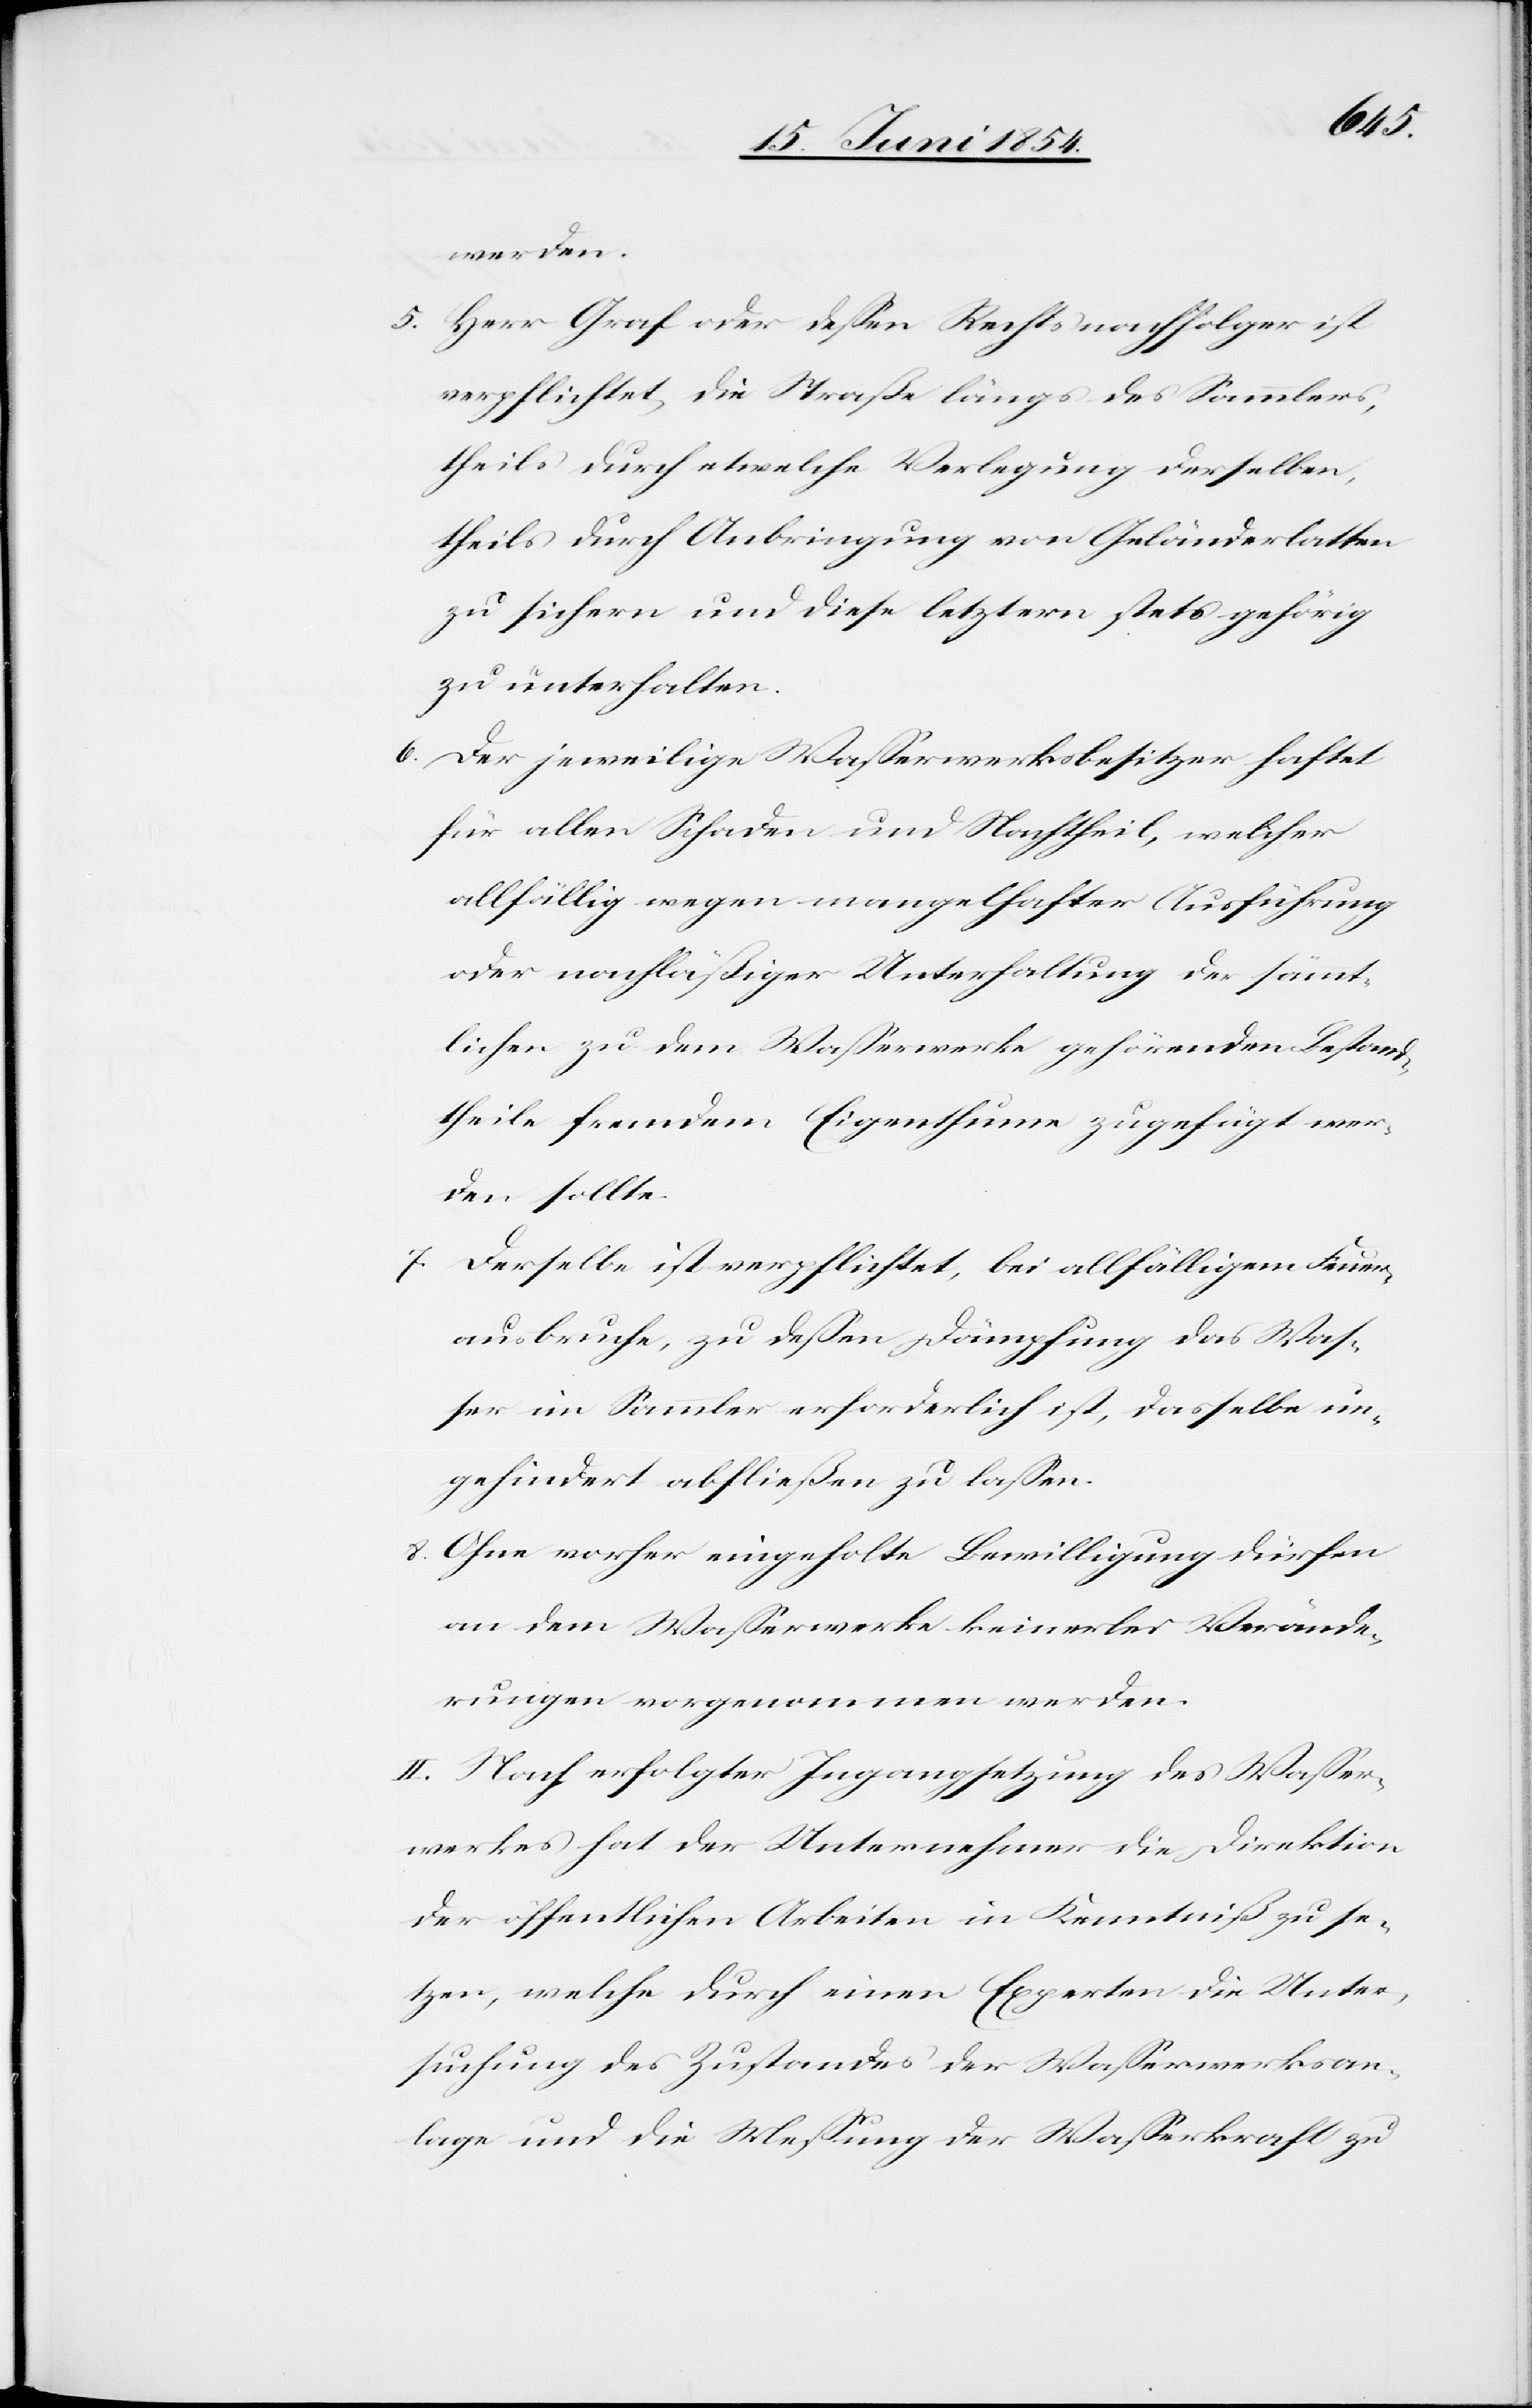
werden.
5. Herr Graf oder deßen Rechtsnachfolger ist
verpflichtet, die Straße längs des Sammlers,
theils durch etwelche Verlegung derselben,
theils durch Anbringung von Geländerlatten
zu sichern und diese letztern stets gehörig
zu unterhalten.
6. Der jeweilige Waßerwerksbesitzer haftet
für allen Schaden und Nachtheil, welcher
allfällig wegen mangelhafter Ausführung
oder nachläßiger Unterhaltung der sämmt¬
lichen zu dem Waßerwerke gehörenden Bestand¬
theile fremden Eigenthume zugefügt wer¬
den sollte.
7. Derselbe ist verpflichtet, bei allfälligem Feuer¬
ausbruche, zu deßen Dämpfung das Waß¬
er im Sammler erforderlich ist, dasselbe un¬
gehindert abfließen zu laßen.
8. Ohne vorher eingeholte Bewilligung dürfen
an dem Waßerwerke keinerlei Verände¬
rungen vorgenommen werden.
II. Nach erfolgter Ingangsetzung des Waßer¬
werkes hat der Unternehmer die Direktion
der öffentlichen Arbeiten in Kenntniß zu se¬
tzen, welche durch einen Experten die Unter¬
suchung des Zustandes der Waßerwerksan¬
lage und die Meßung der Waßerkraft zu